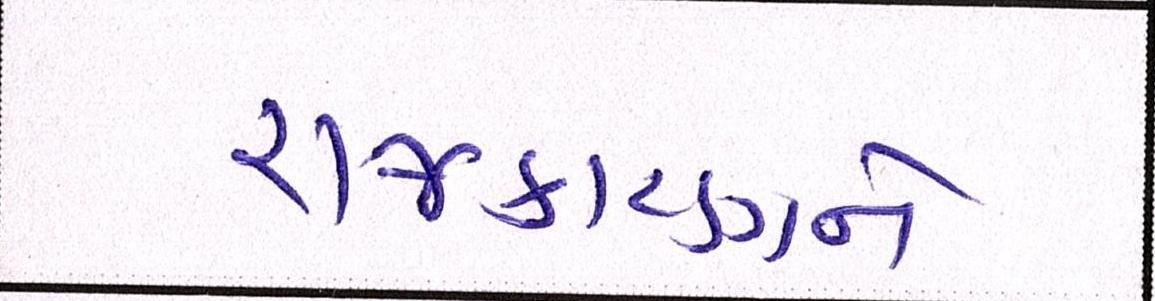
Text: રાજકારણને